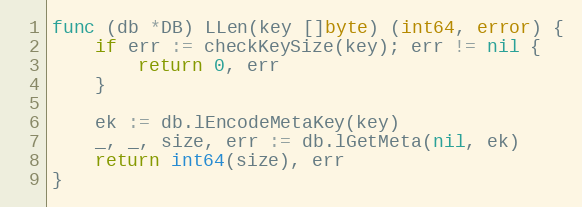
Language: Go
func (db *DB) LLen(key []byte) (int64, error) {
	if err := checkKeySize(key); err != nil {
		return 0, err
	}

	ek := db.lEncodeMetaKey(key)
	_, _, size, err := db.lGetMeta(nil, ek)
	return int64(size), err
}